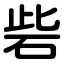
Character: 砦